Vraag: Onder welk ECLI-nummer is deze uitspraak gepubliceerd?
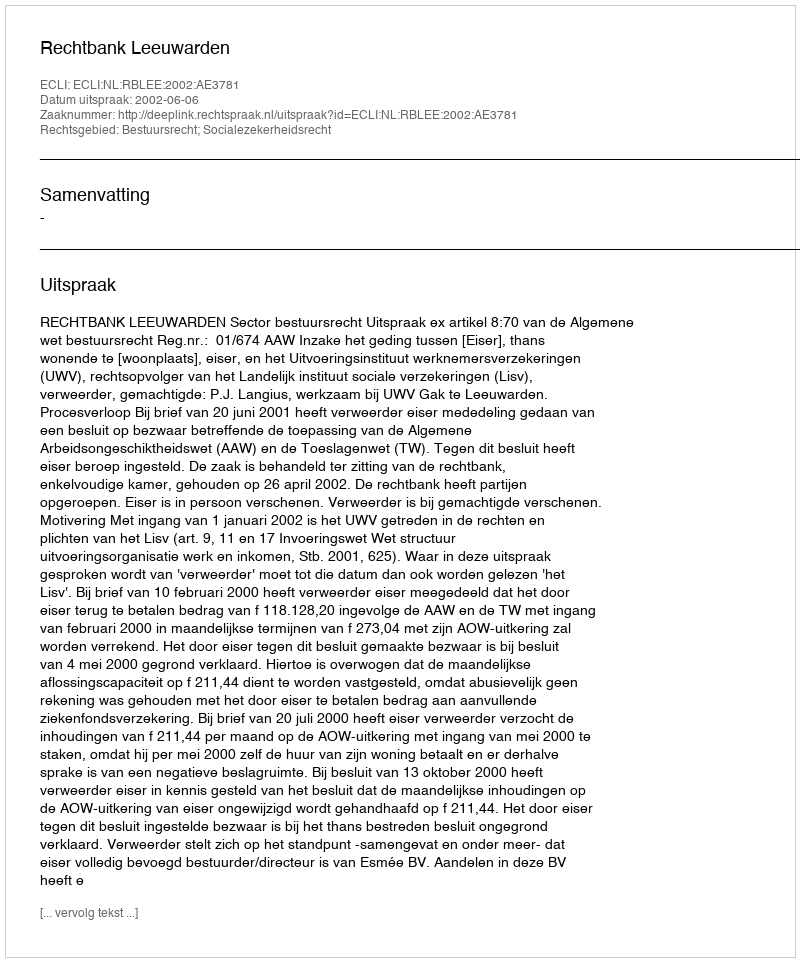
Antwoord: ECLI:NL:RBLEE:2002:AE3781